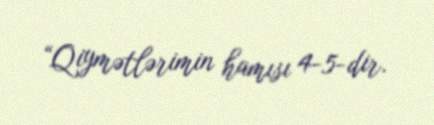
“Qiymətlərimin hamısı 4-5-dir.